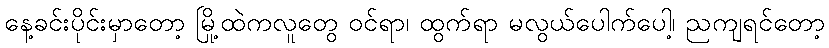
နေ့ခင်းပိုင်းမှာတော့ မြို့ထဲကလူတွေ ဝင်ရာ၊ ထွက်ရာ မလွယ်ပေါက်ပေါ့၊ ညကျရင်တော့